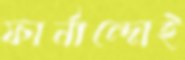
ফার্নান্দোই